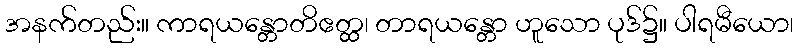
အနက်တည်း။ ကာရယန္တောတိဧတ္ထ၊ တာရယန္တော ဟူသော ပုဒ်၌။ ပါရမီယော၊